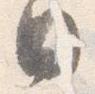
日